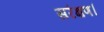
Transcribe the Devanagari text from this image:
सरंक्षण।